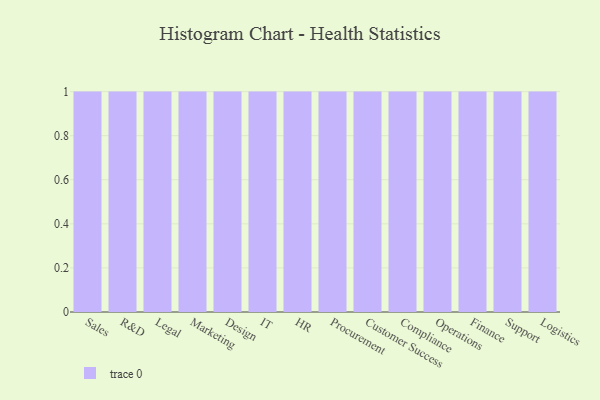
{"axis": {"x": "Department", "y": "Headcount"}, "legend": [""], "data": [{"x": "Sales", "y": 26, "type": ""}, {"x": "R&D", "y": 65, "type": ""}, {"x": "Legal", "y": 77, "type": ""}, {"x": "Marketing", "y": 38, "type": ""}, {"x": "Design", "y": 3, "type": ""}, {"x": "IT", "y": 22, "type": ""}, {"x": "HR", "y": 38, "type": ""}, {"x": "Procurement", "y": 16, "type": ""}, {"x": "Customer Success", "y": 85, "type": ""}, {"x": "Compliance", "y": 69, "type": ""}, {"x": "Operations", "y": 68, "type": ""}, {"x": "Finance", "y": 20, "type": ""}, {"x": "Support", "y": 39, "type": ""}, {"x": "Logistics", "y": 51, "type": ""}]}